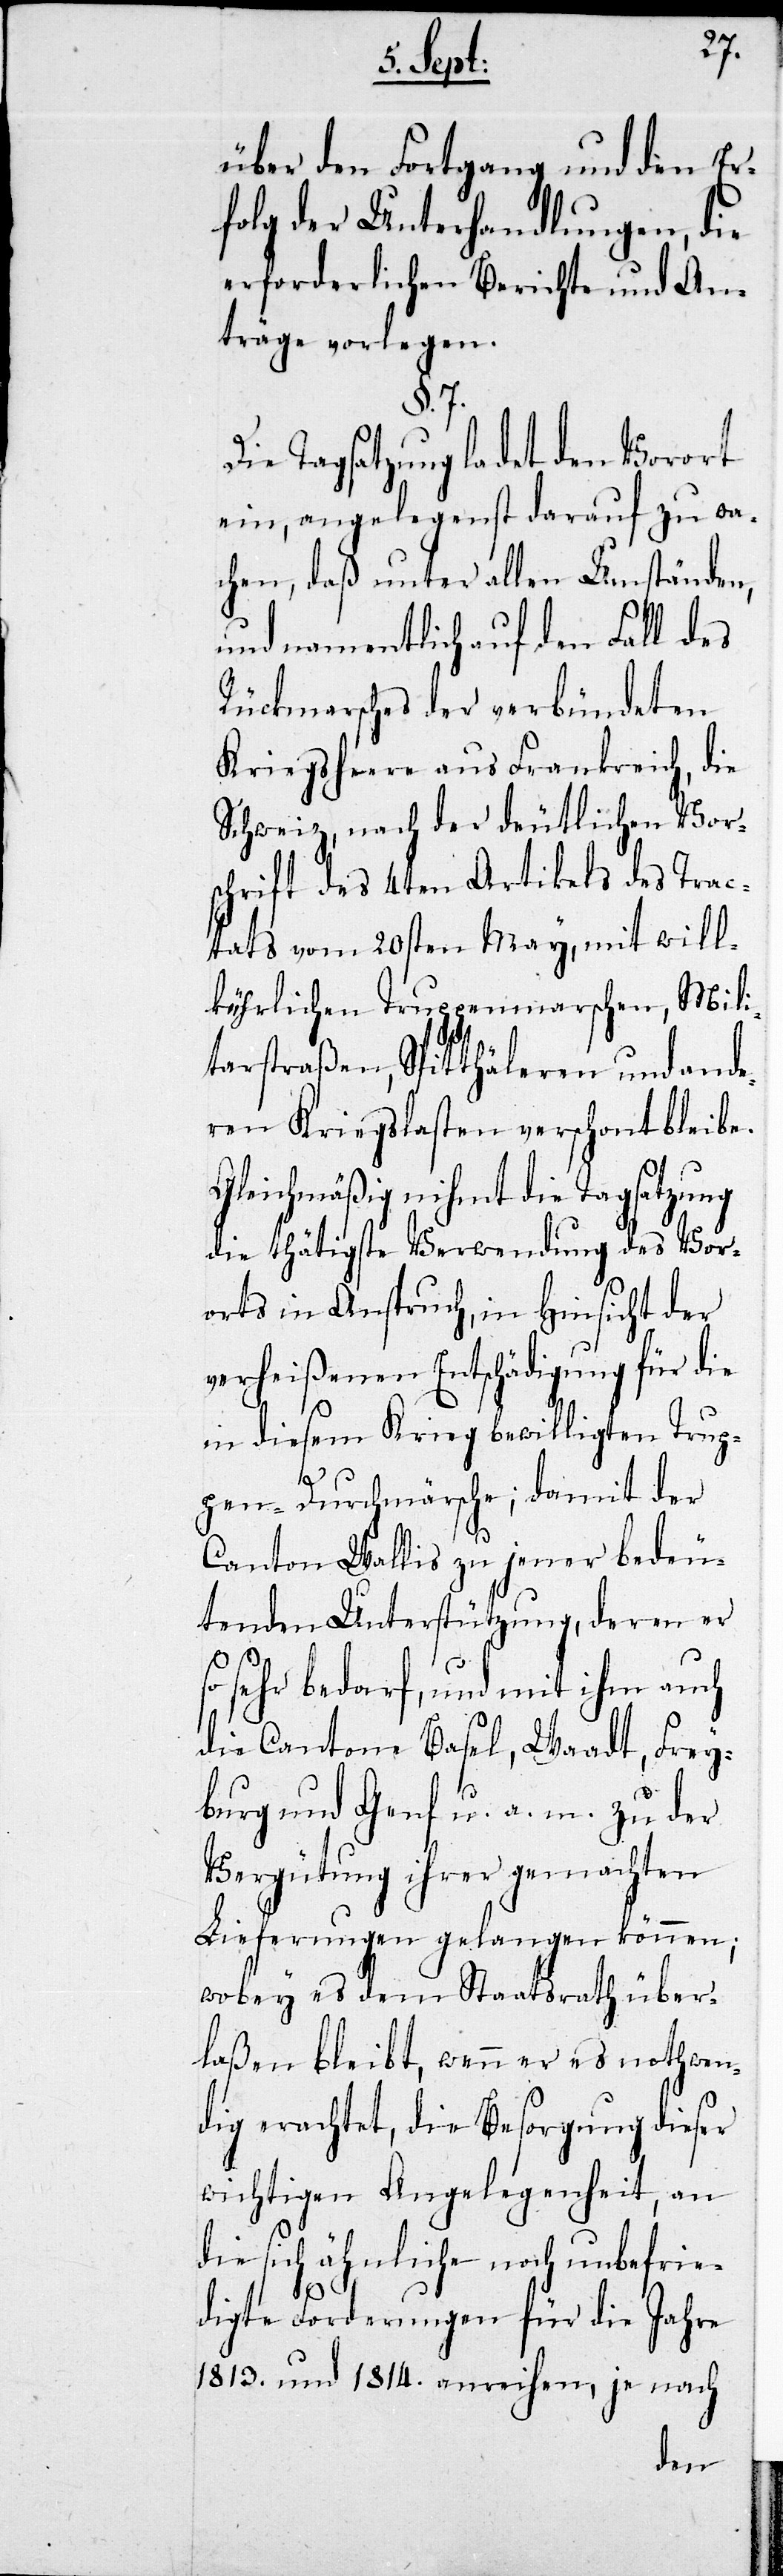
über den Fortgang und den Er¬
folg der Unterhandlungen, die
erforderlichen Berichte und An¬
träge vorlegen.
§. 7.
Die Tagsatzung ladet den Vorort
ein, angelegenst darauf zu wa¬
chen, daß unter allen Umständen,
und namentlich auf den Fall des
Rückmarsches der verbündeten
Kriegsheere aus Frankreich, die
Schweiz, nach der deutlichen Vor¬
schrift des 4ten Artikels des Trac¬
tats vom 20sten May, mit will¬
kührlichen Truppenmärschen, Mili¬
tarstraßen, Spitthäleren und ande¬
ren Kriegslasten verschont bleibe.
Gleichmäßig nihmt die Tagsatzung
die thätige Verwendung des Vor¬
orts in Anspruch, in Hinsicht der
verheißenen Entschädigung für die
in diesem Krieg bewilligten Trup¬
pen-Durchmärsche; damit der
Canton Wallis zu jener bedeu¬
tenden Unterstützung, deren er
so sehr bedarf, und mit ihm auch
die Cantone Basel, Waadt, Frey¬
burg und Genf u. a. m. zu der
Vergütung ihrer gemachten
Lieferungen gelangen können;
wobey es dem Staatsrath über¬
laßen bleibt, wenn er es nothwen¬
dig erachtet, die Besorgung dieser
wichtigen Angelegenheit, an
die sich ähnliche noch unbefrie¬
digte Forderungen für die Jahre
1813. und 1814. anreihen je nach